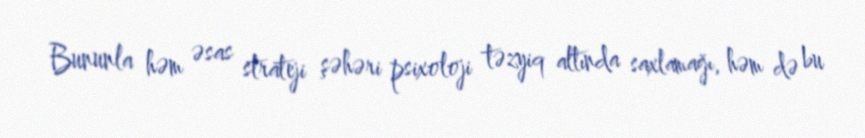
Bununla həm əsas strateji şəhəri psixoloji təzyiq altında saxlamağı, həm də bu